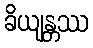
ခိယျန္တဿ